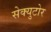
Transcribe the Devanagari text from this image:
सेक्युटोर